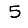
Digit: 5